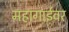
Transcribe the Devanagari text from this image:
महागाईवर